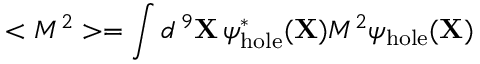
< M ^ { 2 } > = \int d ^ { \, 9 } { \bf X } \, \psi _ { \mathrm { h o l e } } ^ { * } ( { \bf X } ) M ^ { 2 } \psi _ { \mathrm { h o l e } } ( { \bf X } )